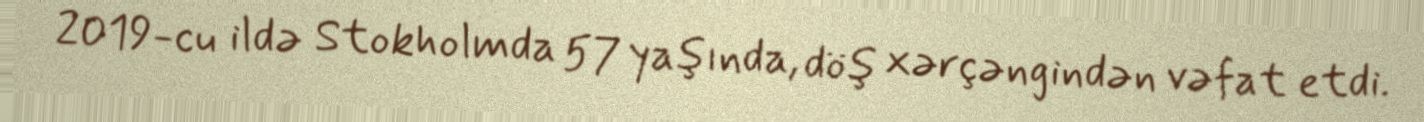
2019-cu ildə Stokholmda 57 yaşında, döş xərçəngindən vəfat etdi.